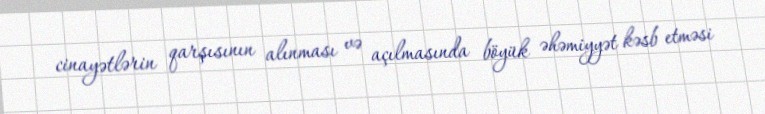
cinayətlərin qarşısının alınması və açılmasında böyük əhəmiyyət kəsb etməsi